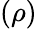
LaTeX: (\rho)